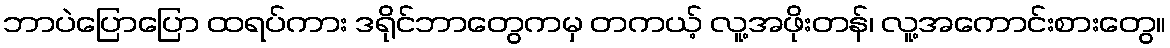
ဘာပဲပြောပြော ထရပ်ကား ဒရိုင်ဘာတွေကမှ တကယ့် လူ့အဖိုးတန်၊ လူ့အကောင်းစားတွေ။